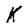
Character: K